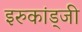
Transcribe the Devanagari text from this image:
इरुकांड्जी